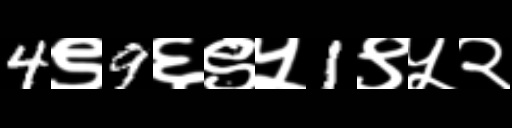
Text: 4९9६९५1९५२